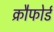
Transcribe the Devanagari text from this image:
क्रौफोर्ड